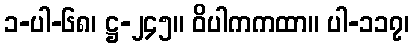
၁-ပါ-၆၈၊ ဋ္ဌ-၂၄၅။ ဝိပါကကထာ။ ပါ-၁၁၇၊